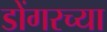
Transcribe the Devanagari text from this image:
डोंगरच्या